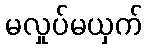
မလှုပ်မယှက်